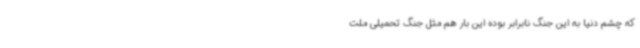
که چشم دنیا به این جنگ نابرابر بوده این بار هم مثل جنگ تحمیلی ملت